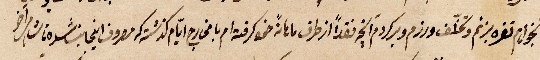
...تغره بزنم وتخلف ورزم وركدم ... فقدًا ازطرق ...رح أيام ... مصروف..